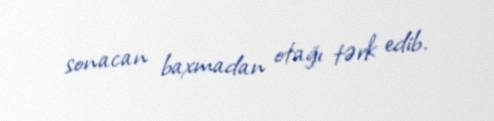
sonacan baxmadan otağı tərk edib.